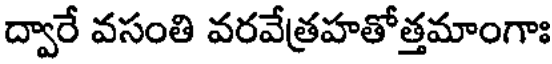
ద్వారే వసంతి వరవేత్రహతోత్తమాంగాః